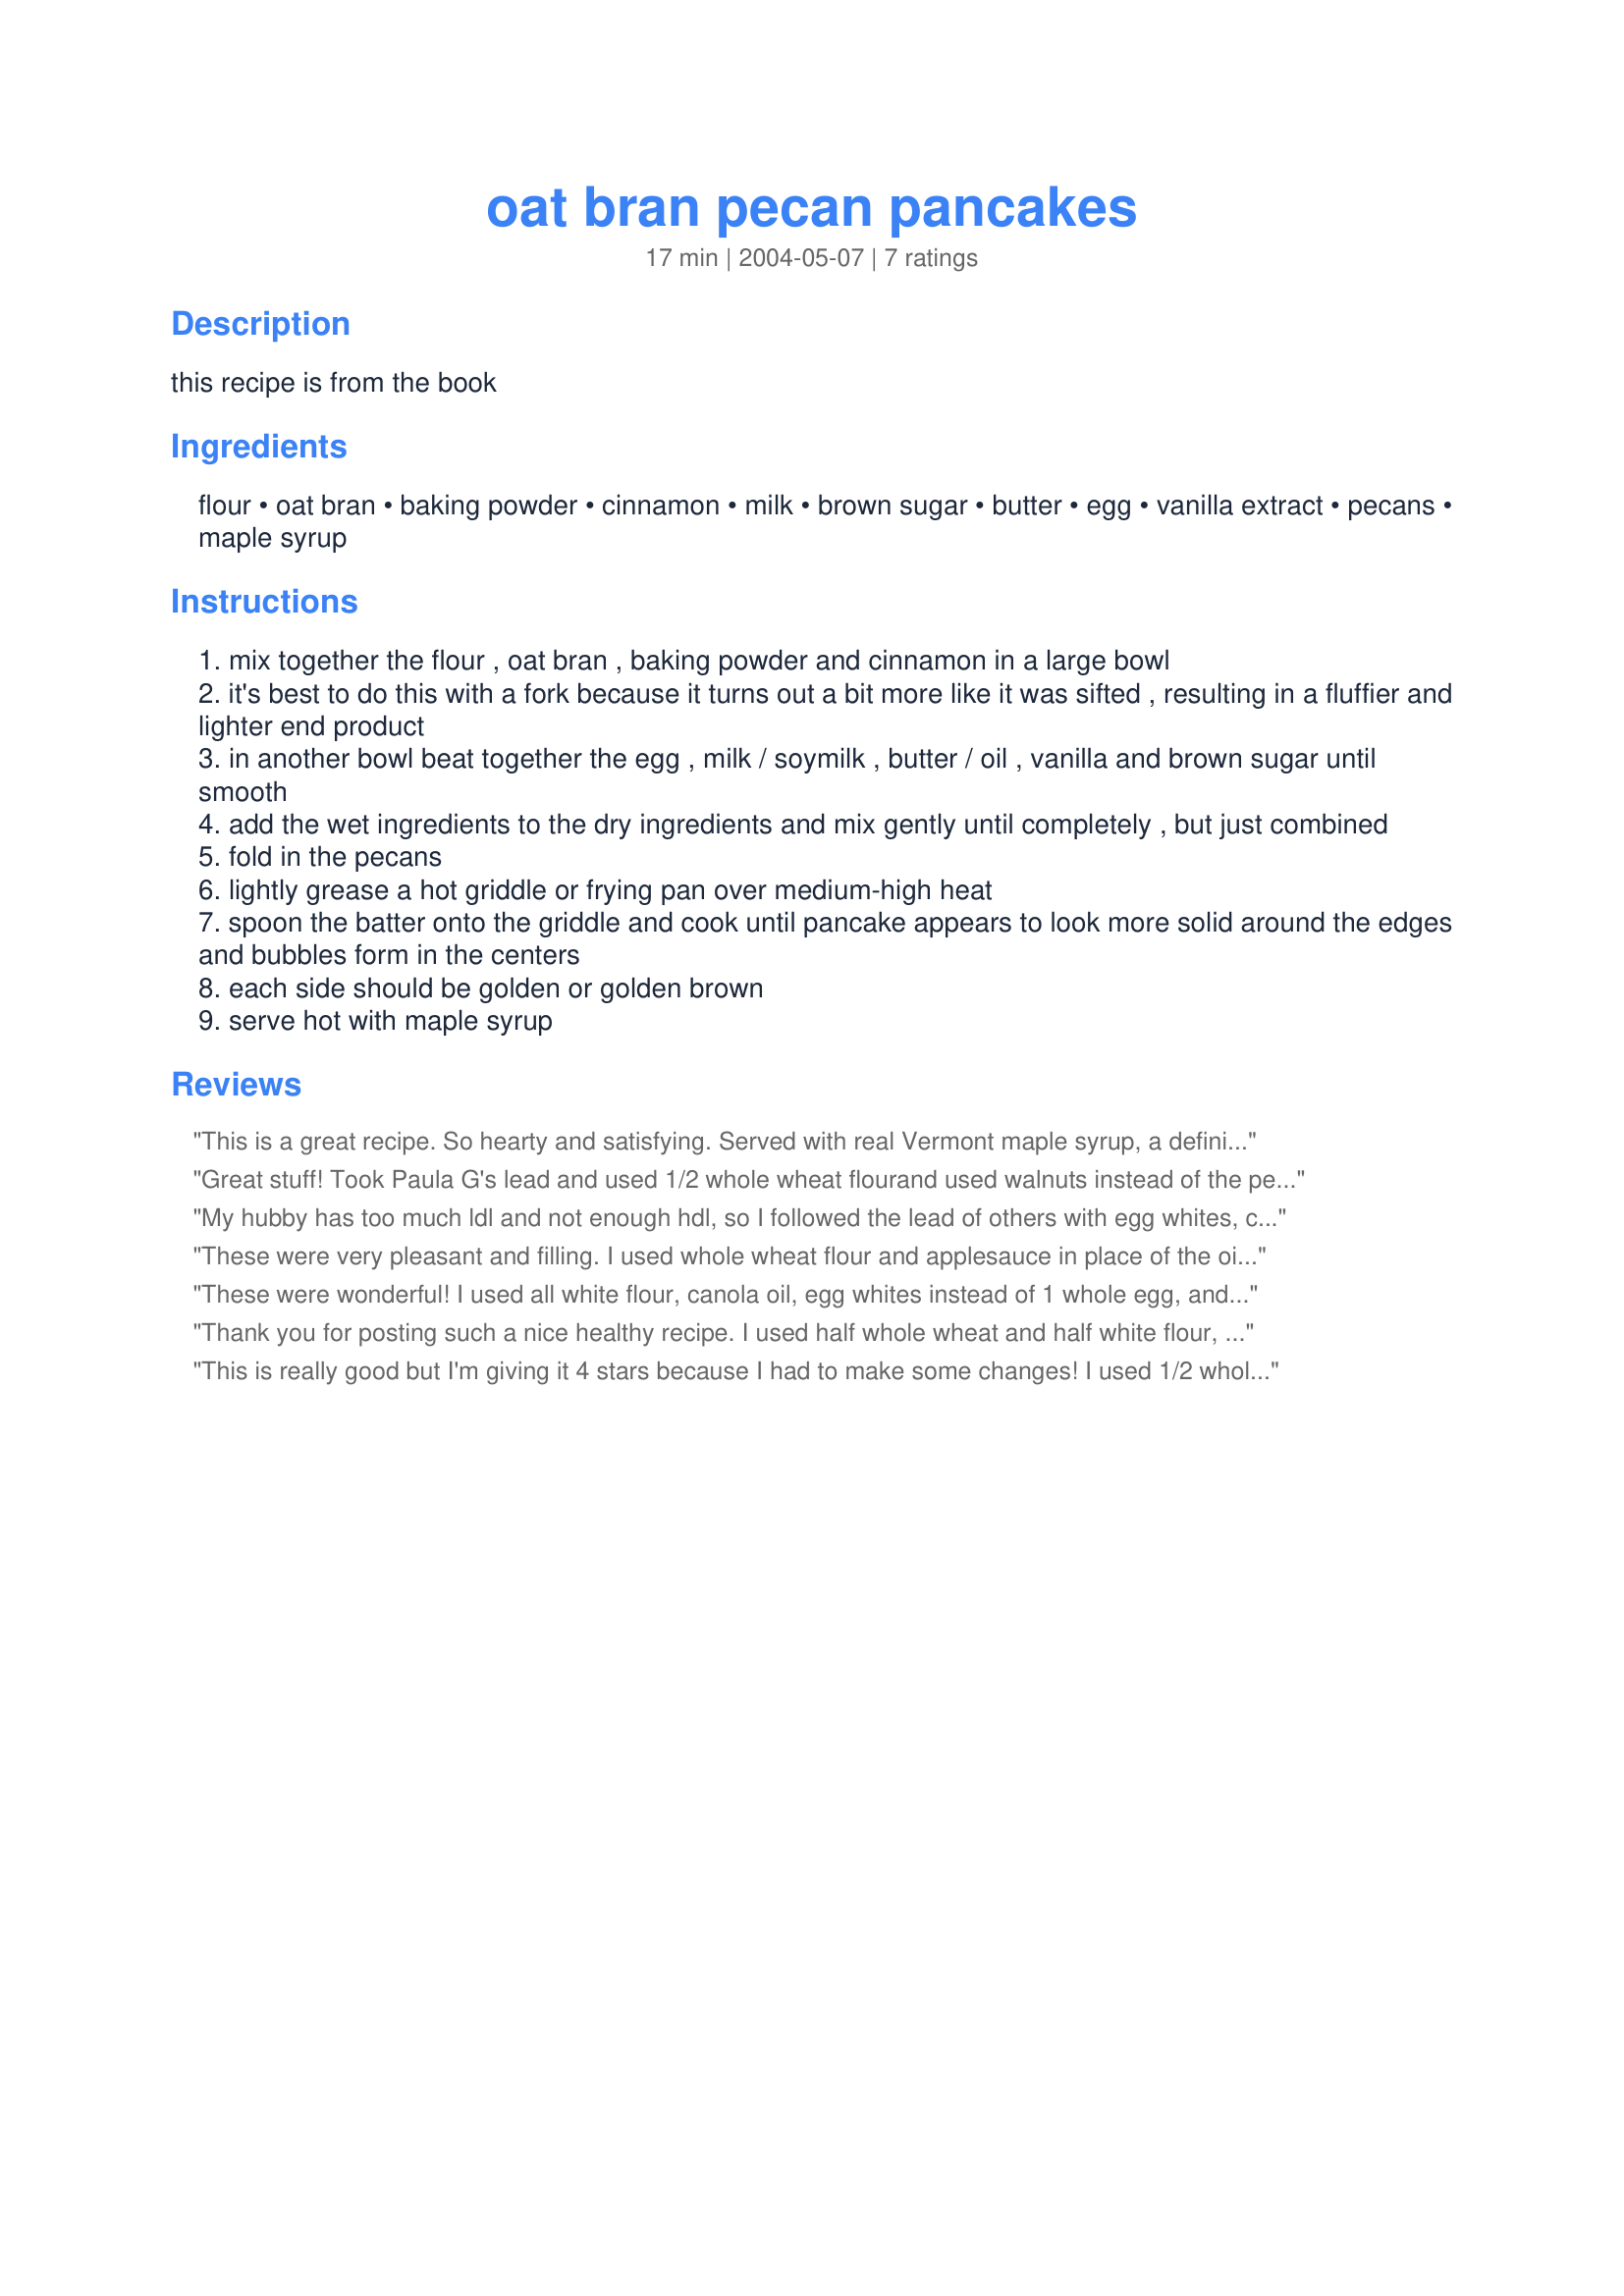
oat bran pecan pancakes
Preparation time: 17 minutes

this recipe is from the book

Ingredients:
flour, oat bran, baking powder, cinnamon, milk, brown sugar, butter, egg, vanilla extract, pecans, maple syrup

Steps:
mix together the flour , oat bran , baking powder and cinnamon in a large bowl
it's best to do this with a fork because it turns out a bit more like it was sifted , resulting in a fluffier and lighter end product
in another bowl beat together the egg , milk / soymilk , butter / oil , vanilla and brown sugar until smooth
add the wet ingredients to the dry ingredients and mix gently until completely , but just combined
fold in the pecans
lightly grease a hot griddle or frying pan over medium-high heat
spoon the batter onto the griddle and cook until pancake appears to look more solid around the edges and bubbles form in the centers
each side should be golden or golden brown
serve hot with maple syrup

Reviews:
This is a great recipe. So hearty and satisfying. Served with real Vermont maple syrup, a definite keeper! Thank You!
Great stuff! Took Paula G's lead and used 1/2 whole wheat flourand used walnuts instead of the pecans. Forgot to add the butter/ Oil . But I did not miss it. Though DH thought they were dryish because of my error ;) Do not get maple syrup so served it with a mixed fruit jam. Thank you. :) Fay
My hubby has too much ldl and not enough hdl, so I followed the lead of others with egg whites, canola oil and skim milk. Terrific and very filling.
These were very pleasant and filling. I used whole wheat flour and applesauce in place of the oil or butter. The pancakes were a little thick; so next time I would add a little more milk to thin them out so they will cook a little more evenly. The flavor was great with these, especially when topped with pure maple syrup. Yummmy! I will make these again.
These were wonderful! I used all white flour, canola oil, egg whites instead of 1 whole egg, and all the brown sugar. Served with maple syrup it tasted like I was eating a praline. Divine and healthy!
Thank you for posting such a nice healthy recipe. I used half whole wheat and half white flour, skim milk and decreased the brown sugar to 2 Tbsp. I used real butter in the batter as well as adding in 1/2 cup of blueberries. Served them with real maple syrup for a wonderful breakfast treat.
This is really good but I'm giving it 4 stars because I had to make some changes! I used 1/2 whole wheat flour, 1/2 whole wheat pastry flour, 2 tbsp Splenda, 2 tbsp brown sugar, 1/2 tsp cinn, skim milk & applesauce for the butter. The first time I used too much cinn/Splenda & the bran flavor got lost in the sweetness! But I scaled them down & then they turned out nicely. Left out the pecans, too. Goes great with sugar free maple syrup!
